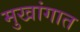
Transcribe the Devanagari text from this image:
मुखांगात